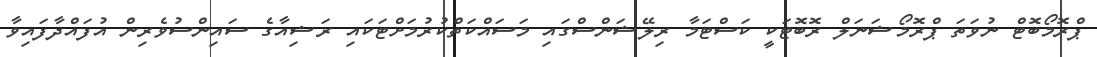
ޕްރޮމޯބޮޓް ނުވަތަ ޕްރޮމޯޝަނަލް ރޮބޮޓަކީ ކަސްޓަމާ ރިލޭޝަންސްގައި މަސައްކަތްކުރުމަށްޓަކައި ރަޝިއާގެ ސައިންސުވެރިން އުފައްދާފައިވާ